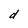
Character: d